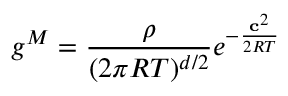
g ^ { M } = \frac { \rho } { ( 2 \pi R T ) ^ { d / 2 } } e ^ { - \frac { \mathbf c ^ { 2 } } { 2 R T } }